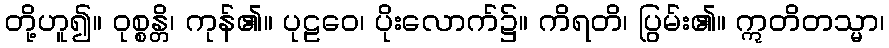
တို့ဟူ၍။ ဝုစ္စန္တိ၊ ကုန်၏။ ပုဠဝေ၊ ပိုးလောက်၌။ ကိရတိ၊ ပြွမ်း၏။ ဣတိတသ္မာ၊